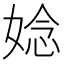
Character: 𫱁